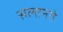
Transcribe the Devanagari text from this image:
सल्तनते